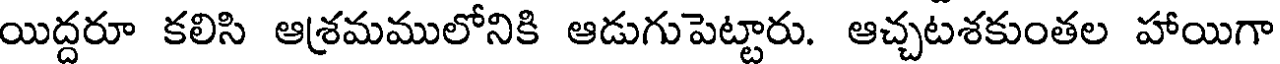
యిద్దరూ కలిసి ఆశ్రమములోనికి ఆడుగుపెట్టారు. ఆచ్చటశకుంతల హాయిగా